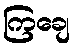
ကြချေ